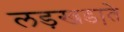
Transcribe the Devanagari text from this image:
लड़खडा़ते